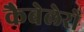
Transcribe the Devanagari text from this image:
कैबेलेरो